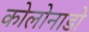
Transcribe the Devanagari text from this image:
कोलोनाडो